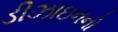
ડીઝાઇનનો